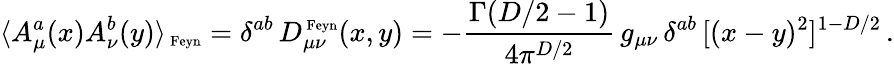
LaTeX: \langle A_{\mu}^{a}(x)A_{\nu}^{b}(y)\rangle_{\mathrm{\scriptsize~Feyn}}=\delta^{ab}\, D_{\mu\nu}^{\mathrm{\scriptsize~Feyn}}(x,y)=-{\frac{\Gamma(D/2-1)}{4\pi^{D/2}}}\, g_{\mu\nu}\, \delta^{ab}\, [(x-y)^{2}]^{1-D/2}\, .